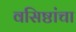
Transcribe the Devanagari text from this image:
वसिष्ठांचा